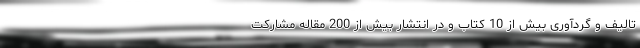
تالیف و گردآوری بیش از 10 کتاب و در انتشار بیش از 200 مقاله مشارکت